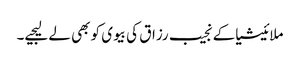
ملائیشیاکے نجیب رزاق کی بیوی کو بھی لے لیجیے۔